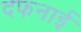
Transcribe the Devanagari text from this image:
दफनाई